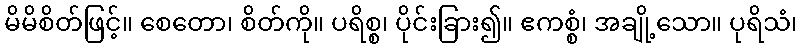
မိမိစိတ်ဖြင့်။ စေတော၊ စိတ်ကို။ ပရိစ္စ၊ ပိုင်းခြား၍။ ဧကစ္စံ၊ အချို့သော။ ပုရိသံ၊